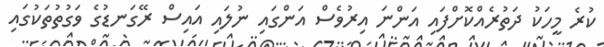
ކުރެ މީހަކު ދަތުރެއްކޮށްފައި އަންނަ އިރުވެސް އަންގައި ނުލައި އައިސް ރޭގަނޑުގެ ވަގުތުތަކުގައި